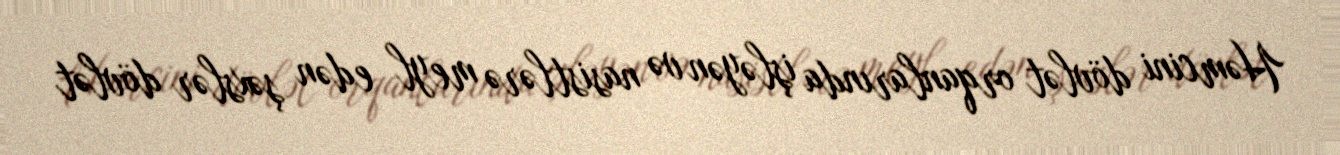
Həmcini dövlət orqanlarında işləyən və nasistlərə meyl edən şəxslər dövlət